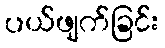
ပယ်ဖျက်ခြင်း